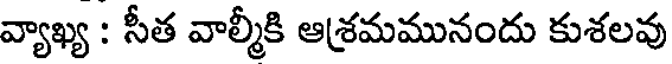
వ్యాఖ్య : సీత వాల్మీకి ఆశ్రమమునందు కుశలవు